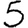
Digit: 5